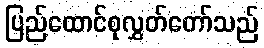
ပြည်ထောင်စုလွှတ်တော်သည်